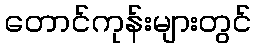
တောင်ကုန်းများတွင်